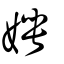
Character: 娉